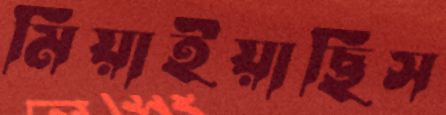
মিয়াইয়াছিস